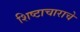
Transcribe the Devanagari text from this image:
शिष्टाचाराचे